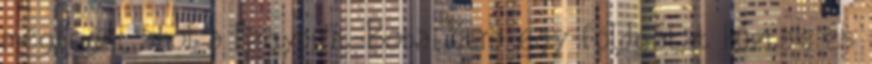
megfogni, ahol a Nagypirit-Bobai útra egy földgátat húztak és